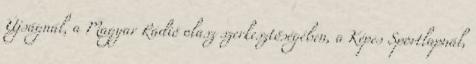
Újságnál, a Magyar Rádió olasz szerkesztőségében, a Képes Sportlapnál,